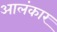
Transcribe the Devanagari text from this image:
आलंकार